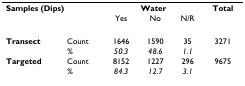
<table><thead><tr><td colspan="2"><b>Samples (Dips)</b></td><td colspan="3"><b>Water</b></td><td><b>Total</b></td></tr><tr><td></td><td></td><td><b>Yes</b></td><td><b>No</b></td><td><b>N/R</b></td><td></td></tr></thead><tbody><tr><td><b>Transect</b></td><td>Count</td><td>1646</td><td>1590</td><td>35</td><td>3271</td></tr><tr><td></td><td><i>%</i></td><td><i>50.3</i></td><td><i>48.6</i></td><td><i>1.1</i></td><td></td></tr><tr><td><b>Targeted</b></td><td>Count</td><td>8152</td><td>1227</td><td>296</td><td>9675</td></tr><tr><td></td><td><i>%</i></td><td><i>84.3</i></td><td><i>12.7</i></td><td><i>3.1</i></td><td></td></tr></tbody></table>